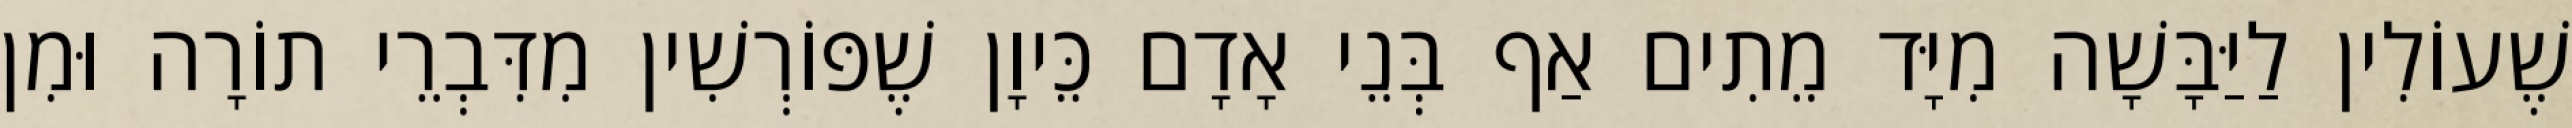
שֶׁעוֹלִין לַיַּבָּשָׁה מִיָּד מֵתִים אַף בְּנֵי אָדָם כֵּיוָן שֶׁפּוֹרְשִׁין מִדִּבְרֵי תוֹרָה וּמִן